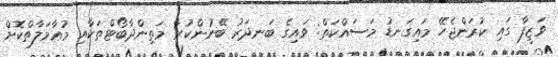
ވަޒީފާ ގައި ކުރަންޖެހޭ މައިގަނޑު މަސައްކަތް: ވައިގެ ބަނދަރު ބޭނުންކުރާ މަތިންދާބޯޓްތަކާއި މުޢާމަލާތްކޮށް